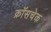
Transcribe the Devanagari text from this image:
क्रॉसचेक